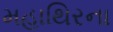
મહાથિરના